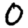
Digit: 0